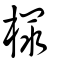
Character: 𣗶